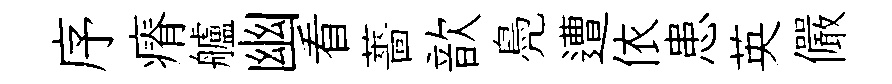
序瘠艫幽看薔歆鳧遭依患英儼